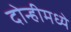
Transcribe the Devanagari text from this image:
दोन्हीमध्ये